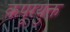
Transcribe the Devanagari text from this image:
कपूरयुक्त